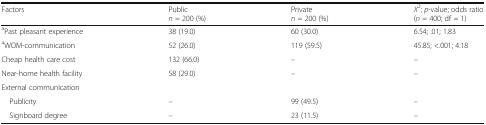
<table><thead><tr><td><b>Factors</b></td><td><b>Public <i>n</i> = 200 (%)</b></td><td><b>Private<i>n</i> = 200 (%)</b></td><td><b><i>Χ</i><sup>2</sup>; <i>p</i>-value; odds ratio(<i>n</i> = 400; df = 1)</b></td></tr></thead><tbody><tr><td><sup>a</sup>Past pleasant experience</td><td>38 (19.0)</td><td>60 (30.0)</td><td>6.54; .01; 1.83</td></tr><tr><td><sup>a</sup>WOM-communication</td><td>52 (26.0)</td><td>119 (59.5)</td><td>45.85; &lt;.001; 4.18</td></tr><tr><td>Cheap health care cost</td><td>132 (66.0)</td><td>–</td><td>–</td></tr><tr><td>Near-home health facility</td><td>58 (29.0)</td><td>–</td><td>–</td></tr><tr><td colspan="4">External communication</td></tr><tr><td> Publicity</td><td>–</td><td>99 (49.5)</td><td>–</td></tr><tr><td> Signboard degree</td><td>–</td><td>23 (11.5)</td><td>–</td></tr></tbody></table>